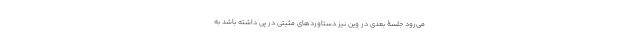
می‌رود جلسۀ بعدی در وین نیز دستاوردهای مثبتی در پی داشته باشد به